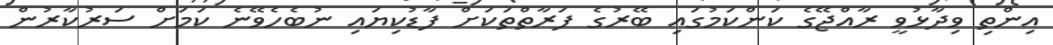
އިންތި ވިދާޅުވީ ރާއްޖޭގެ ކަންކަމުގައި ބޭރުގެ ފަރާތްތަކަށް ފާޑުކިޔައި ނުބެހެވޭނެ ކަމަށް ސަރުކާރުން